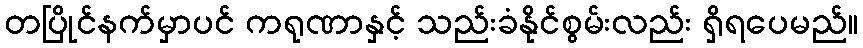
တပြိုင်နက်မှာပင် ကရုဏာနှင့် သည်းခံနိုင်စွမ်းလည်း ရှိရပေမည်။